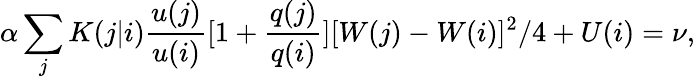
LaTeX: \alpha\sum_{j}K(j|i)\frac{u(j)}{u(i)}[1+\frac{q(j)}{q(i)}][W(j)-W(i)]^{2}/4+U(i)=\nu,